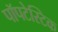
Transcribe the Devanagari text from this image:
पॉपटेस्टिक